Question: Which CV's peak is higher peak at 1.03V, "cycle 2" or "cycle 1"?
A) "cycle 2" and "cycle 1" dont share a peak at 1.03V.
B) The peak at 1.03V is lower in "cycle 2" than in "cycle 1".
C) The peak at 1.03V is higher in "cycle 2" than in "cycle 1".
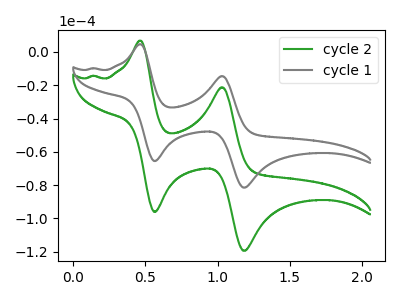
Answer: <think>The green curve "cycle 2" has anodic peaks at (0.45V, 6.75uA) (1.05V, -21.20uA) and cathodic peaks at (0.55V, -96.10uA) (1.20V, -119.45uA). The gray curve "cycle 1" has anodic peaks at (0.45V, 4.60uA) (1.05V, -14.50uA) and cathodic peaks at (0.55V, -65.60uA) (1.20V, -81.50uA).</think>
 <answer>B) The peak at 1.03V is lower in "cycle 2" than in "cycle 1".</answer>
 <eval>B</eval>